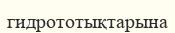
гидрототықтарына